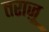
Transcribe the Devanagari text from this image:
तराज़ू़